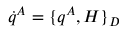
\dot { q } ^ { A } = \{ q ^ { A } , H \} _ { D }